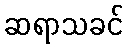
ဆရာသခင်